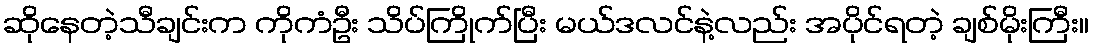
ဆိုနေတဲ့သီချင်းက ကိုကံဦး သိပ်ကြိုက်ပြီး မယ်ဒလင်နဲ့လည်း အပိုင်ရတဲ့ ချစ်မိုးကြီး။